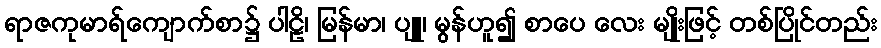
ရာဇကုမာရ်ကျောက်စာ၌ ပါဠိ၊ မြန်မာ၊ ပျူ၊ မွန်ဟူ၍ စာပေ လေး မျိုးဖြင့် တစ်ပြိုင်တည်း